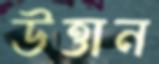
উত্তান